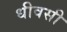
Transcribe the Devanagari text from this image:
धीवसी